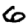
Digit: 6